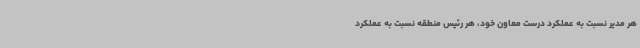
هر مدیر نسبت به عملکرد درست معاون خود، هر رئیس منطقه نسبت به عملکرد